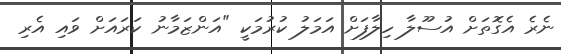
ނެރެ އެގޮތަށް އުސޫލާ ހިލާފަށް އަމަލު ކުރުމަކީ "އަންޒަމާނު ކަރައަށް ވައި އެރި